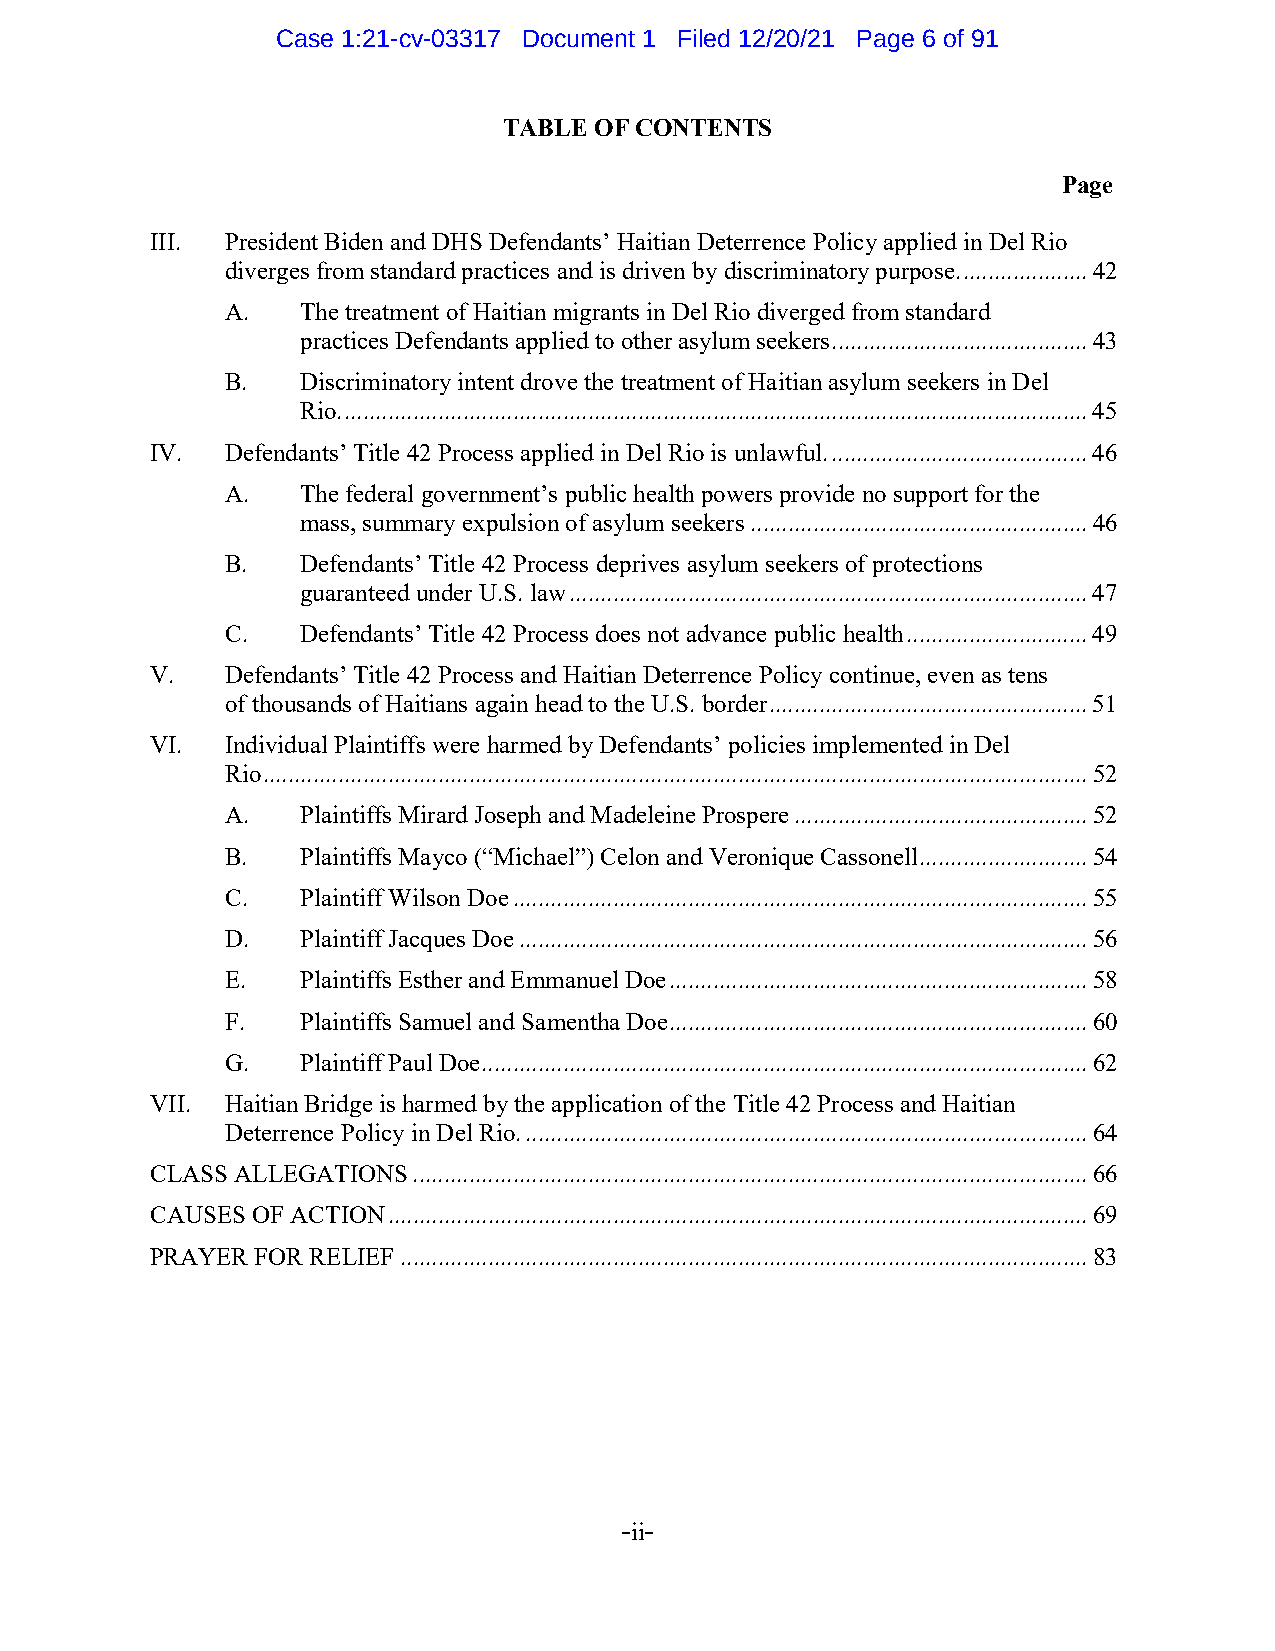
Case 1:21-cv-03317 Document 1 Filed 12/20/21 Page 6 of 91
 TABLE OF CONTENTS
 Page
 III. President Biden and DHS Defendants’ Haitian Deterrence Policy applied in Del Rio
 diverges from standard practices and is driven by discriminatory purpose. .................... 42
 A.   The treatment of Haitian migrants in Del Rio diverged from standard
 practices Defendants applied to other asylum seekers ......................................... 43
 B.   Discriminatory intent drove the treatment of Haitian asylum seekers in Del
 Rio. ....................................................................................................................... 45
 IV.  Defendants’ Title 42 Process applied in Del Rio is unlawful. ......................................... 46
 A.   The federal government’s public health powers provide no support for the
 mass, summary expulsion of asylum seekers ...................................................... 46
 B.   Defendants’ Title 42 Process deprives asylum seekers of protections
 guaranteed under U.S. law ................................................................................... 47
 C.   Defendants’ Title 42 Process does not advance public health ............................. 49
 V.   Defendants’ Title 42 Process and Haitian Deterrence Policy continue, even as tens
 of thousands of Haitians again head to the U.S. border ................................................... 51
 VI.  Individual Plaintiffs were harmed by Defendants’ policies implemented in Del
 Rio .................................................................................................................................... 52
 A.   Plaintiffs Mirard Joseph and Madeleine Prospere ............................................... 52
 B.   Plaintiffs Mayco (“Michael”) Celon and Veronique Cassonell ........................... 54
 C.   Plaintiff Wilson Doe ............................................................................................ 55
 D.   Plaintiff Jacques Doe ........................................................................................... 56
 E.   Plaintiffs Esther and Emmanuel Doe ................................................................... 58
 F.   Plaintiffs Samuel and Samentha Doe ................................................................... 60
 G.   Plaintiff Paul Doe ................................................................................................. 62
 VII. Haitian Bridge is harmed by the application of the Title 42 Process and Haitian
 Deterrence Policy in Del Rio. .......................................................................................... 64
 CLASS ALLEGATIONS ............................................................................................................ 66
 CAUSES OF ACTION ................................................................................................................ 69
 PRAYER FOR RELIEF .............................................................................................................. 83
 -ii-